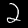
Digit: 2